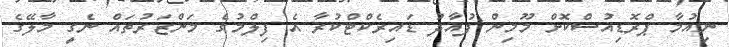
ނިއުމާ ޕްރޮޑިއުސްކޮށް މޫމިން ފުއާދު ޑައިރެކްޓްކުރާ އެ ފިލްމުގެ މަންޒަރުތައް ނެގީ މާލޭގެ